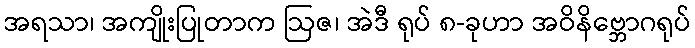
အရသာ၊ အကျိုးပြုတာက ဩဇ၊ အဲဒီ ရုပ် ၈-ခုဟာ အဝိနိဗ္ဘောဂရုပ်